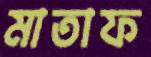
মাতাফ